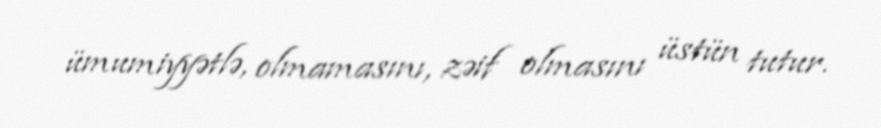
ümumiyyətlə, olmamasını, zəif olmasını üstün tutur.